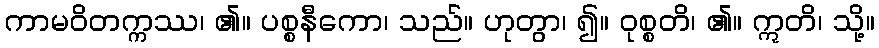
ကာမဝိတက္ကဿ၊ ၏။ ပစ္စနီကော၊ သည်။ ဟုတွာ၊ ၍။ ဝုစ္စတိ၊ ၏။ ဣတိ၊ သို့။